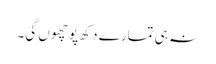
نہ ہی تمارے دکھ پو چھوں گی۔